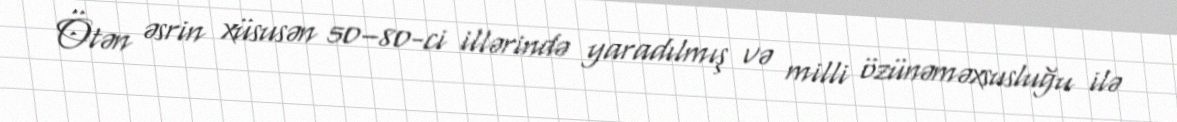
Ötən əsrin xüsusən 50–80-ci illərində yaradılmış və milli özünəməxsusluğu ilə